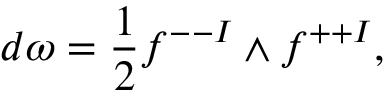
d \omega = { \frac { 1 } { 2 } } f ^ { -- I } \wedge f ^ { + + I } ,